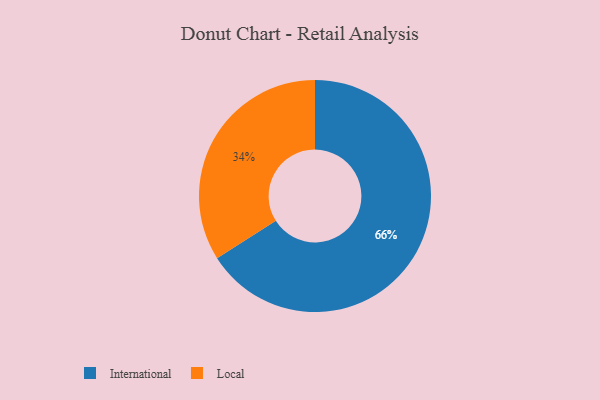
{"axis": {"x": "Category", "y": "Percentage"}, "legend": ["International", "Local"], "data": [{"x": "International", "y": 66, "type": "International"}, {"x": "Local", "y": 34, "type": "Local"}]}